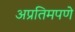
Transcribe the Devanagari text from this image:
अप्रतिमपणे